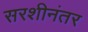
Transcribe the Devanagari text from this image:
सरशीनंतर